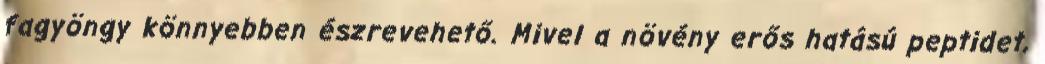
fagyöngy könnyebben észrevehető. Mivel a növény erős hatású peptidet,